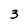
Character: 3